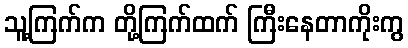
သူ့ကြက်က တို့ကြက်ထက် ကြီးနေတာကိုးကွ